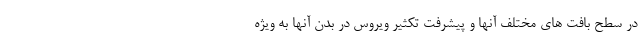
در سطح بافت های مختلف آنها و پیشرفت تکثیر ویروس در بدن آنها به ویژه